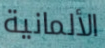
الألمانية